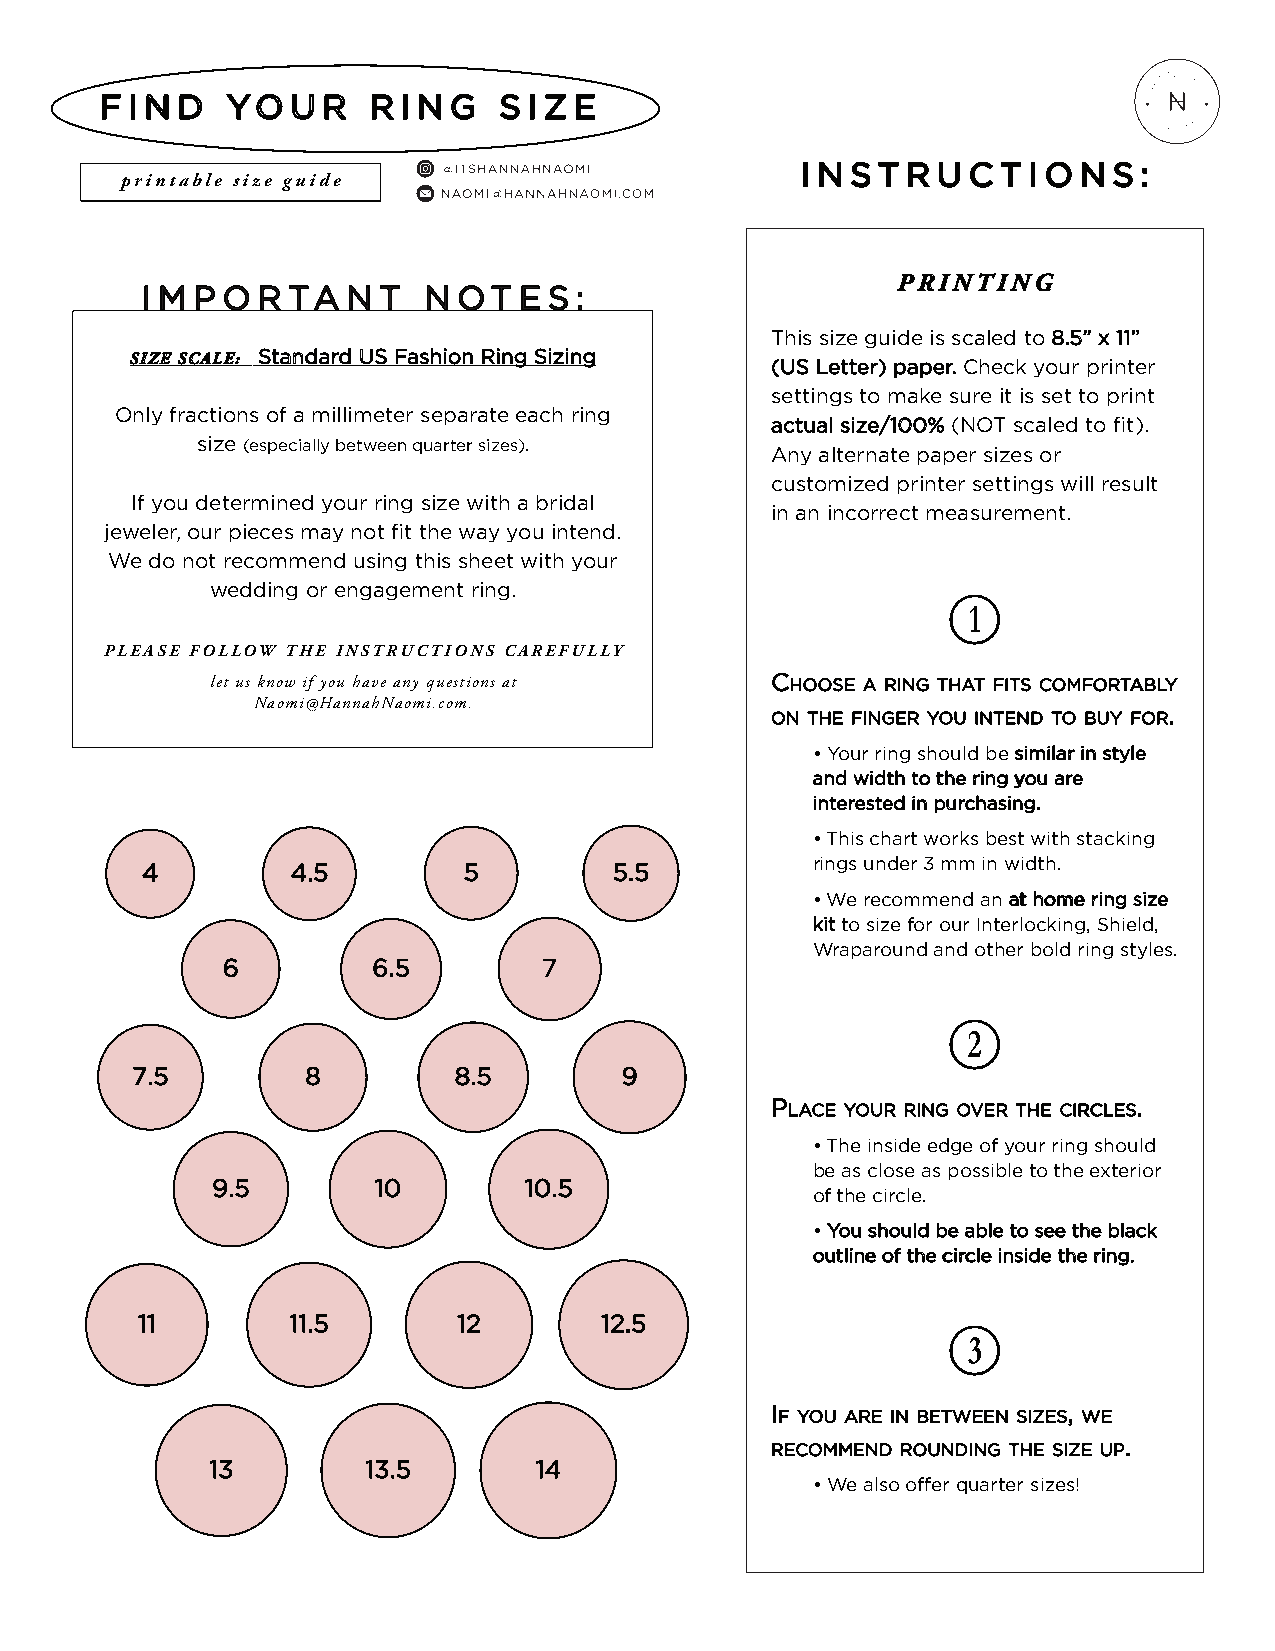
F I N D YO  U R  R  I N G S I Z E
 I N ST R U C T I O N S :
 printable size guide
 PRINTING
 I M P O R TA  N T  N OT  E S :
 This size guide is scaled to 8.5” x 11”
 SIZE SCALE: Standard US Fashion Ring Sizing (US Letter) paper. Check your printer
 settings to make sure it is set to print
 Only fractions of a millimeter separate each ring
 actual size/100% (NOT scaled to fit).
 size (especially between quarter sizes).
 Any alternate paper sizes or
 customized printer settings will result
 If you determined your ring size with a bridal
 in an incorrect measurement.
 jeweler, our pieces may not fit the way you intend.
 We do not recommend using this sheet with your
 wedding or engagement ring.
 B
 PLEASE FOLLOW THE INSTRUCTIONS CAREFULLY
 let us know if you have any questions at CHOOSE A RING THAT FITS COMFORTABLY
 Naomi@HannahNaomi.com.
 ON THE FINGER YOU INTEND TO BUY FOR.
 • Your ring should be similar in style
 and width to the ring you are
 interested in purchasing.
 • This chart works best with stacking
 4         4.5         5         5.5          rings under 3 mm in width.
 • We recommend an at home ring size
 kit to size for our Interlocking, Shield,
 Wraparound and other bold ring styles.
 6         6.5        7
 C
 7.5        8         8.5        9
 PLACE YOUR RING OVER THE CIRCLES.
 • The inside edge of your ring should
 be as close as possible to the exterior
 9.5        10        10.5
 of the circle.
 • You should be able to see the black
 outline of the circle inside the ring.
 11        11.5       12        12.5
 D
 IF YOU ARE IN BETWEEN SIZES, WE
 RECOMMEND ROUNDING THE SIZE UP.
 13        13.5       14
 • We also offer quarter sizes!